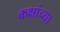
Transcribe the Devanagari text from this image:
कक्षांच्या